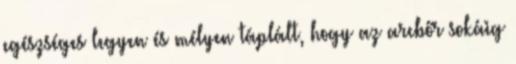
egészséges legyen és mélyen táplált, hogy az arcbőr sokáig